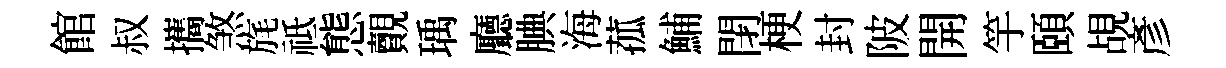
館叔攜煞旄祗態覿瑀廳腆海菰鯆閉梗封陂開竽頤覘彥